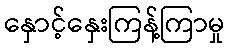
နှောင့်နှေးကြန့်ကြာမှု